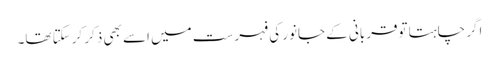
اگر چاہتا توقربانی کے جانور کی فہرست میں اسے بھی ذکر کرسکتا تھا۔